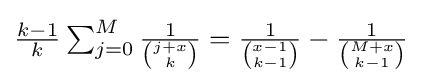
{\textstyle {\frac {k-1}{k}}\sum _{j=0}^{M}{\frac {1}{\binom {j+x}{k}}}={\frac {1}{\binom {x-1}{k-1}}}-{\frac {1}{\binom {M+x}{k-1}}}}